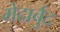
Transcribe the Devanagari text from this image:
मेदार्बुद